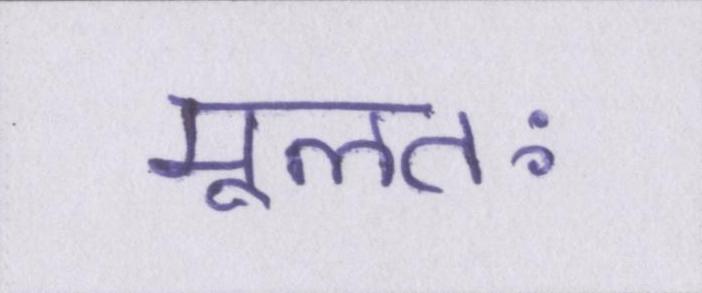
मूलतः